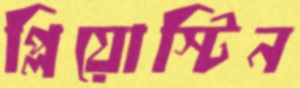
প্লিয়োস্টিন